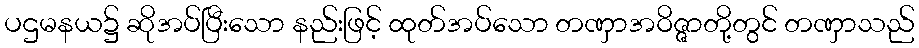
ပဌမနယ၌ ဆိုအပ်ပြီးသော နည်းဖြင့် ထုတ်အပ်သော တဏှာအဝိဇ္ဇာတို့တွင် တဏှာသည်